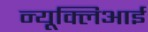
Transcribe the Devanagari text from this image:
न्यूक्लिआई